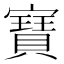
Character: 𭔟